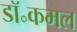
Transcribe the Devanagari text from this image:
डॉ॰कमल